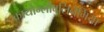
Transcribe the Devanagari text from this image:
क्रायोग्लोबुलिनेमिया